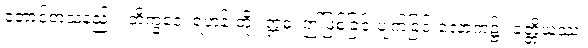
တောင့်တသနည်း။ ဘိက္ခဝေ၊ ရဟန်းတို့။ ဣဓ၊ ဤဖြစ်ခြင်းပျက်ခြင်းလောက၌။ ခတ္တိယဿ၊